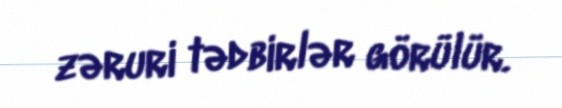
zəruri tədbirlər görülür.